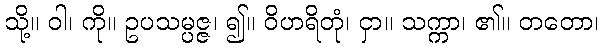
သို့။ ဝါ၊ ကို။ ဥပသမ္ပဇ္ဇ၊ ၍။ ဝိဟရိတုံ၊ ငှာ။ သက္ကာ၊ ၏။ တတော၊